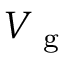
V _ { \mathrm { ~ g ~ } }